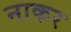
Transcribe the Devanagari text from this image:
नाकर